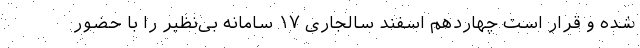
شده و قرار است چهاردهم اسفند سالجاری ۱۷ سامانه بی‌نظیر را با حضور